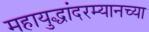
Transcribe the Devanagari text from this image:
महायुद्धांदरम्यानच्या